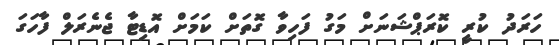
ހަރަދު ކުރީ ކޮރަޕްޝަނަށް މަގު ފަހިވާ ގޮތަށް ކަމަށް އޮޑިޓާ ޖެނެރަލް ފާހަގަ